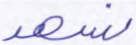
نشهد